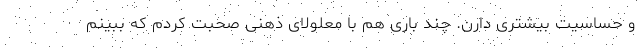
و حساسیت بیشتری دارن. چند باری هم با معلولای ذهنی صحبت کردم که ببینم